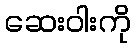
ဆေးဝါးကို